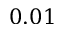
0 . 0 1